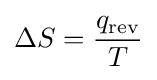
\Delta S={\frac {q_{\mathrm {rev} }}{T}}